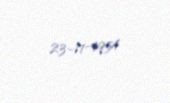
23-11-1954